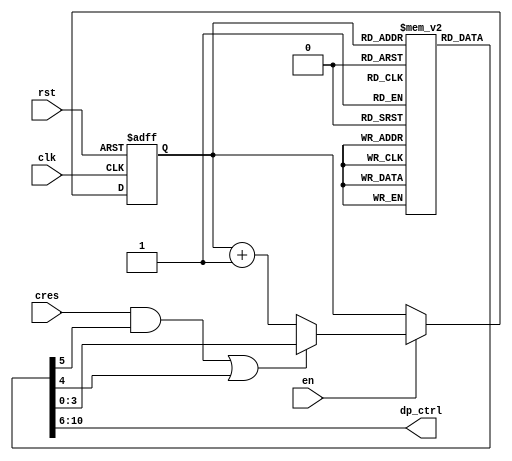
module control
    #(parameter P_LOG_MEMSIZE = 4,
    parameter P_NUM_D_CTRLBITS = 5,
    parameter P_NUM_C_CTRLBITS = 2) (
        input cres,
        input rst,
        input clk,
        input en,
        output [P_NUM_D_CTRLBITS-1:0] dp_ctrl);
    
    //Local parameters
    localparam LP_WORDWIDTH = P_LOG_MEMSIZE+P_NUM_D_CTRLBITS+P_NUM_C_CTRLBITS;
    localparam LP_MEMSIZE = 1<<P_LOG_MEMSIZE;
    localparam LP_D_IDX = LP_WORDWIDTH-1;
    localparam LP_C_IDX = P_NUM_C_CTRLBITS+P_LOG_MEMSIZE-1;
    localparam LP_A_IDX = P_LOG_MEMSIZE-1;
    localparam LP_JC_IDX = LP_C_IDX; 
    localparam LP_JU_IDX = LP_C_IDX-1; 

    //Registers
    reg [LP_WORDWIDTH-1:0] imem [0:LP_MEMSIZE-1];   //Uninitialized!!!
    reg [P_LOG_MEMSIZE-1:0] addr;

    wire [P_LOG_MEMSIZE-1:0] j_addr = imem[addr][LP_A_IDX -:P_LOG_MEMSIZE];
    wire ju = imem[addr][LP_JU_IDX];
    wire jc = imem[addr][LP_JC_IDX];

    assign dp_ctrl = imem[addr][LP_D_IDX-:P_NUM_D_CTRLBITS];

    //addr logic
    always @(posedge clk, posedge rst) begin
        if(rst) addr <= 0;
        else begin
            addr <= en ? (((cres&jc)|ju) ? j_addr : addr+1) : addr;
        end
    end
endmodule